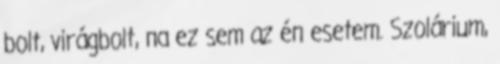
bolt, virágbolt, na ez sem az én esetem. Szolárium,